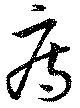
痔